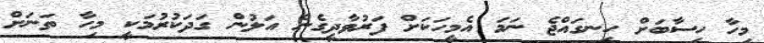
މިހާ ހިސާބަށް ހިނގައްޖެ ނަމަ އެމީހަކަށް ފަރުވާދީގެން އަލުން ގަދަކުރުމަކީ މިހާ ތަނަށް